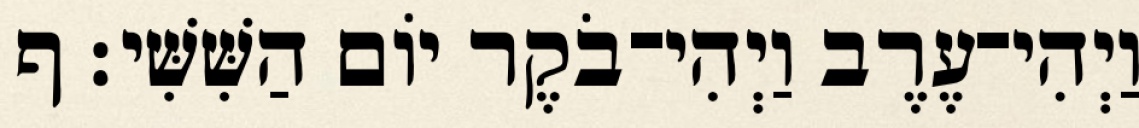
וַיְהִי־עֶרֶב וַיְהִי־בֹקֶר יֹום הַשִּׁשִּׁי׃ ף